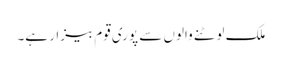
ملک لوٹنے والوں سے پوری قوم بیزار ہے۔